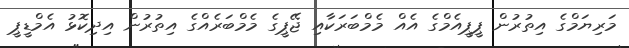
މަރިޔަމްގެ އިތުރުން ޕީޕީއެމްގެ އެއް މެމްބަރަކާއި ޖޭޕީގެ މެމްބަރެއްގެ އިތުރުން އިދިކޮޅު އެމްޑީޕީ